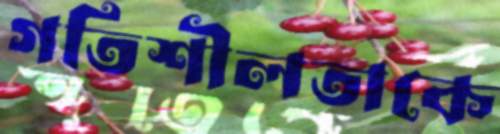
গতিশীলতাকে